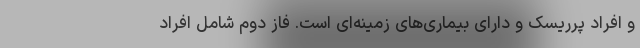
و افراد پرریسک و دارای بیماری‌های زمینه‌ای است. فاز دوم شامل افراد